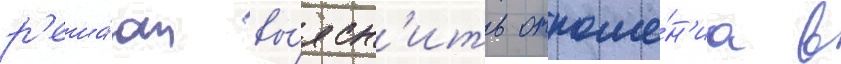
р'еша́ют вы́ясн'ить отноше́н'иа в